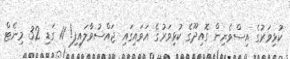
ކުޅިވަރުގެ އިސްވެރިން ގޮއިދޫގެ ކުޅިވަރުގެ އަވައިގައި ޖައްސުވާލައިފި! 11 ގަޑި 32 މިނެޓް